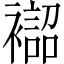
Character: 𧝨